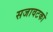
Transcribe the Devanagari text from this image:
सजावटको